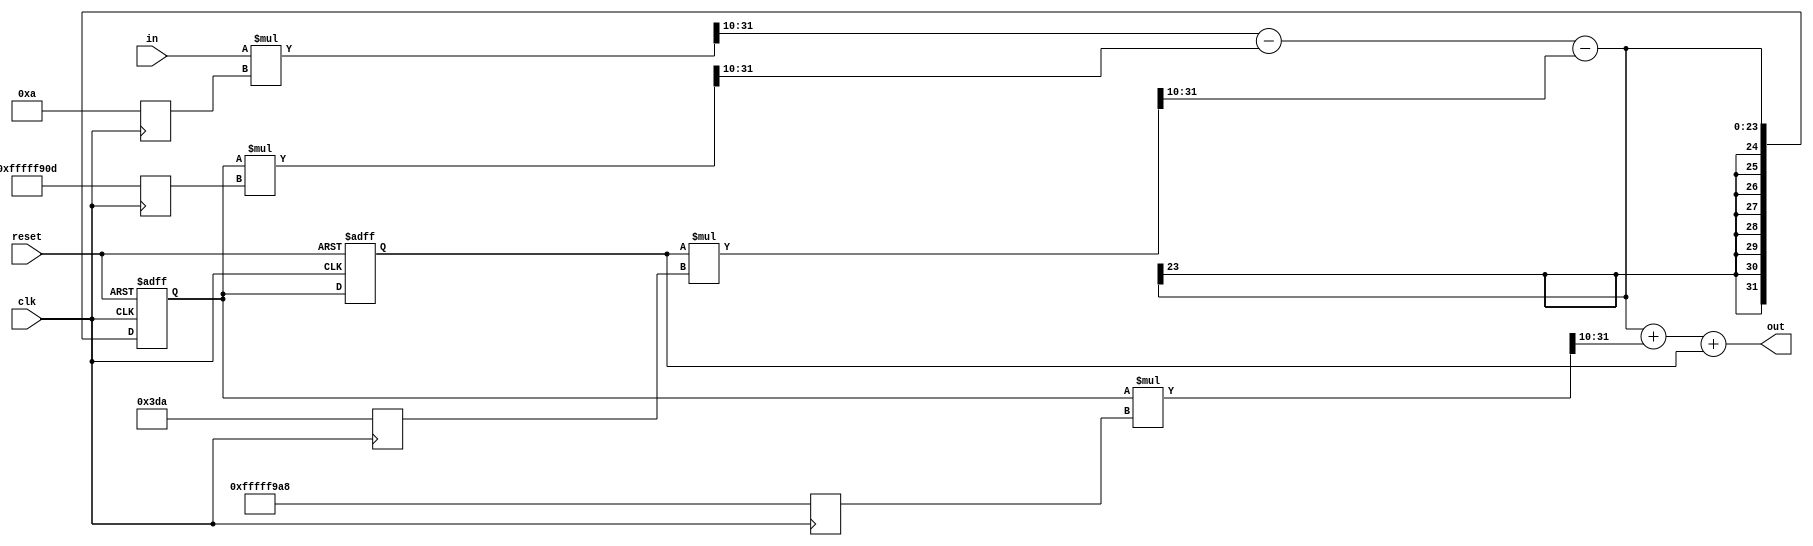
`timescale 1ns/1ps 
module iir_filter_3(clk,reset,in,out);

parameter bit_no=32;
parameter ck=11;

input clk,reset;
input signed [bit_no-1:0] in;

output reg signed [bit_no-1:0] out;

reg signed [bit_no-1:0] x1,x2,x3,x4,x5,x6,x7;
reg signed [bit_no-1:0] g1,g2,g3,g4,d1,d2;

always @(posedge clk) begin
	g1<=32'd10;
	g2<=-32'd1779;
	g3<=-32'd1624;
	g4<=32'd986;
end

always @(posedge clk, negedge reset)
begin
	if(~reset)
	begin
		d1<=32'b0;
		d2<=32'b0;
	end
	else
	begin
		d1<=x3;
		d2<=d1;
	end
end


always @(*) 	x1<=(in*g1)>>>(ck-1);
always @(*) 	x2<=x1-x6;
always @(*)	x6<=(d1*g2)>>>(ck-1);
always @(*)	x3<=x2-x7;
always @(*)	x7<=(d2*g4)>>>(ck-1);
always @(*)	x4<=x3+x5;
always @(*)	x5<=(d1*g3)>>>(ck-1);
always @(*)	out<=x4+d2;

endmodule